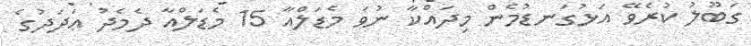
ގަބޫލު ކުރެވޭ އަޅުގަނޑުމެން މިދައްކާ ނުވަ މެޑަލްއާ 15 މެޑަލްއާ ދެމެދު ޢަދަދުގެ